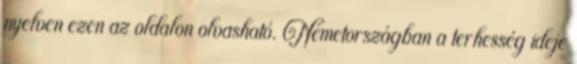
nyelven ezen az oldalon olvasható. Németországban a terhesség ideje